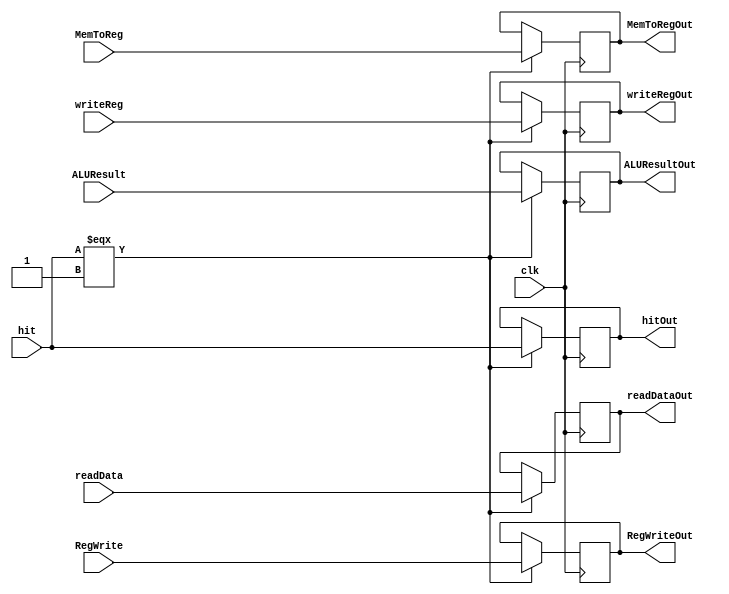
`timescale 1ns / 1ps

module MEM_WB
	(
	input clk,
	input hit,
	input [31:0] readData,
	input [31:0] ALUResult,
	input [4:0] writeReg,
	input RegWrite,
	input MemToReg,
	
	
	output reg hitOut,
	output reg [31:0]readDataOut,
	output reg [31:0] ALUResultOut,
	output reg [4:0]writeRegOut,
	output reg RegWriteOut,
	output reg MemToRegOut

    );

	always@(negedge clk)begin
		if(hit === 1)begin
			hitOut <= hit;
			writeRegOut <= writeReg;
			RegWriteOut <= RegWrite;
			readDataOut <= readData;
			ALUResultOut <= ALUResult;
			MemToRegOut <= MemToReg;			
		end
	end

endmodule